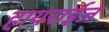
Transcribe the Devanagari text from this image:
हायराईज